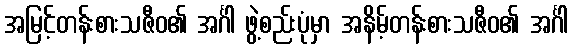
အမြင့်တန်းစားသဇီဝ၏ အင်္ဂါ ဖွဲ့စည်းပုံမှာ အနိမ့်တန်းစားသဇီဝ၏ အင်္ဂါ